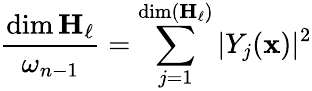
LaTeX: {\frac{\dim\mathbf{H}_{\ell}}{\omega_{n-1}}}=\sum_{j=1}^{\dim(\mathbf{H}_{\ell})}|Y_{j}({\mathbf{x}})|^{2}